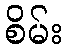
စိမ်း